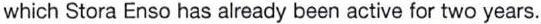
which Stora Enso has already been active for two years.